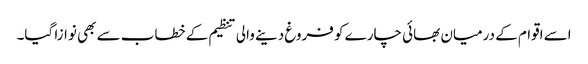
اسے اقوام کے درمیان بھائی چارے کو فروغ دینے والی تنظیم کے خطاب سے بھی نوازا گیا۔